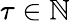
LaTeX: \tau\in{\mathbb N}